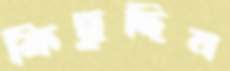
কিছুদিন